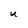
Character: U